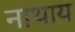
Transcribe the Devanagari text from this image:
नाथाय